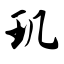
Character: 玑